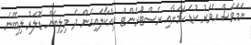
ނަމަވެސް އެވަރު ކުޑަ ކަމަށާއި ރެސްޓޯރެންޓް ވިއްކާލައިގެން ދެ މިލިޔަން ޑޮލަރު ލިބޭނެ